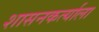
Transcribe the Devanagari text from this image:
शासनकर्त्याला